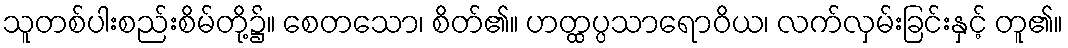
သူတစ်ပါးစည်းစိမ်တို့၌။ စေတသော၊ စိတ်၏။ ဟတ္ထပ္ပသာရောဝိယ၊ လက်လှမ်းခြင်းနှင့် တူ၏။